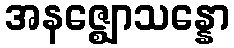
အနဇ္ဈောသန္နော